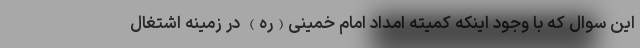
این سوال که با وجود اینکه کمیته امداد امام خمینی(ره) در زمینه اشتغال